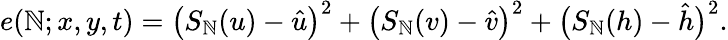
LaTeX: e(\mathbb{N};x,y,t)=\left(S_{\mathbb{N}}(u)-\hat{{u}}\right)^{2}+\left(S_{\mathbb{N}}(v)-\hat{{v}}\right)^{2}+\bigl(S_{\mathbb{N}}(h)-\hat{{h}}\bigr)^{2}.